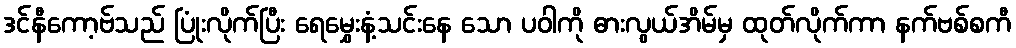
ဒင်နီကော့ဗ်သည် ပြုံးလိုက်ပြီး ရေမွှေးနံ့သင်းနေ သော ပဝါကို ဓားလွယ်အိမ်မှ ထုတ်လိုက်ကာ နက်ဗစ်စကီ